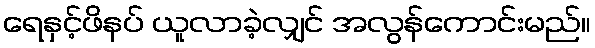
ရေနှင့်ဖိနပ် ယူလာခဲ့လျှင် အလွန်ကောင်းမည်။